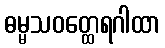
ဓမ္မသဝတ္ထေရဂါထာ